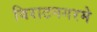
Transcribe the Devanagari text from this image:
विराटनगरमे